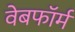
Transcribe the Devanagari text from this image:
वेबफॉर्म